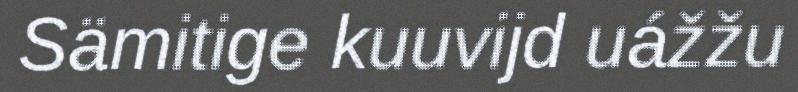
Sämitige kuuvijd uážžu